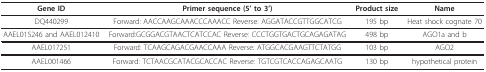
| Gene ID | Primer sequence (5' to 3') | Product size | Name |
 | --- | --- | --- | --- |
 | DQ440299 | Forward: AACCAAGCAAACCCAAACC Reverse: AGGATACCGTTGGCATCG | 195 bp | Heat shock cognate 70 |
 | AAEL015246 and AAEL012410 | Forward:GCGGACGTAACTCATCCAC Reverse: CCCTGGTGACTGCAGAGATAG | 498 bp | AGO1a and b |
 | AAEL017251 | Forward: TCAAGCAGACGAACCAAA Reverse: ATGGCACGAAGTTCTATGG | 103 bp | AGO2 |
 | AAEL001466 | Forward: TCTAACGCATACGCACCAC Reverse: TGTCGTCACCAGAGCAATG | 130 bp | hypothetical protein |